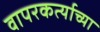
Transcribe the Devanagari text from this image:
वापरकर्त्याच्या